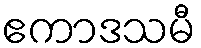
ဧကာဒသမီ